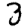
Digit: 3